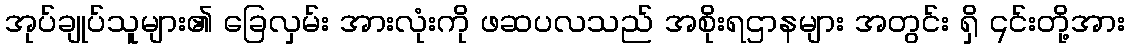
အုပ်ချုပ်သူများ၏ ခြေလှမ်း အားလုံးကို ဖဆပလသည် အစိုးရဌာနများ အတွင်း ရှိ ၎င်းတို့အား